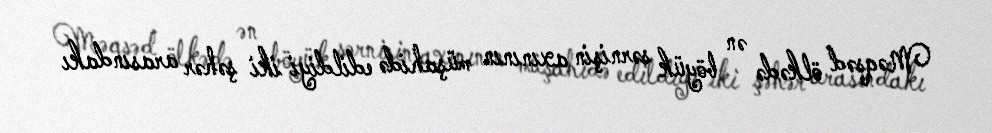
Məqsəd ölkədə ən böyük sərnişin axınının müşahidə edildiyi iki şəhər arasındakı